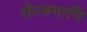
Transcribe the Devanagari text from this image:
सेल्वमाणि